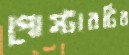
পোস্টারটির